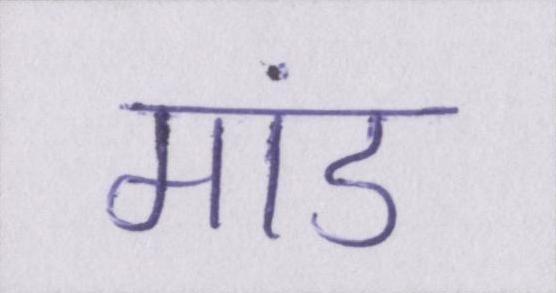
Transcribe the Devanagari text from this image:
मांड